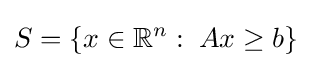
S=\{x\in \mathbb {R} ^{n}:\;Ax\geq b\}